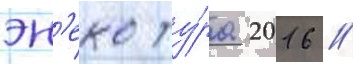
эн'еко ту́ра 2016 //